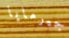
جيرمايا